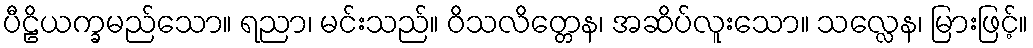
ပီဠိယက္ခမည်သော။ ရညာ၊ မင်းသည်။ ဝိသလိတ္တေန၊ အဆိပ်လူးသော။ သလ္လေန၊ မြားဖြင့်။